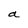
Character: a